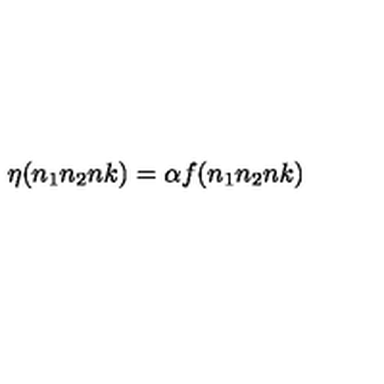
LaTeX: \eta ( n _ { 1 } n _ { 2 } n k ) = \alpha f ( n _ { 1 } n _ { 2 } n k )